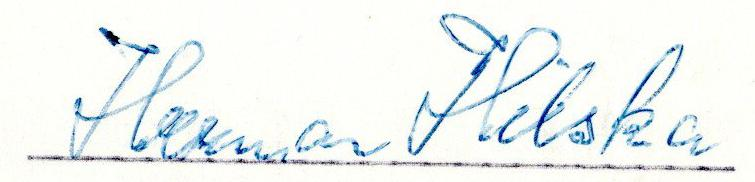
22/2-61